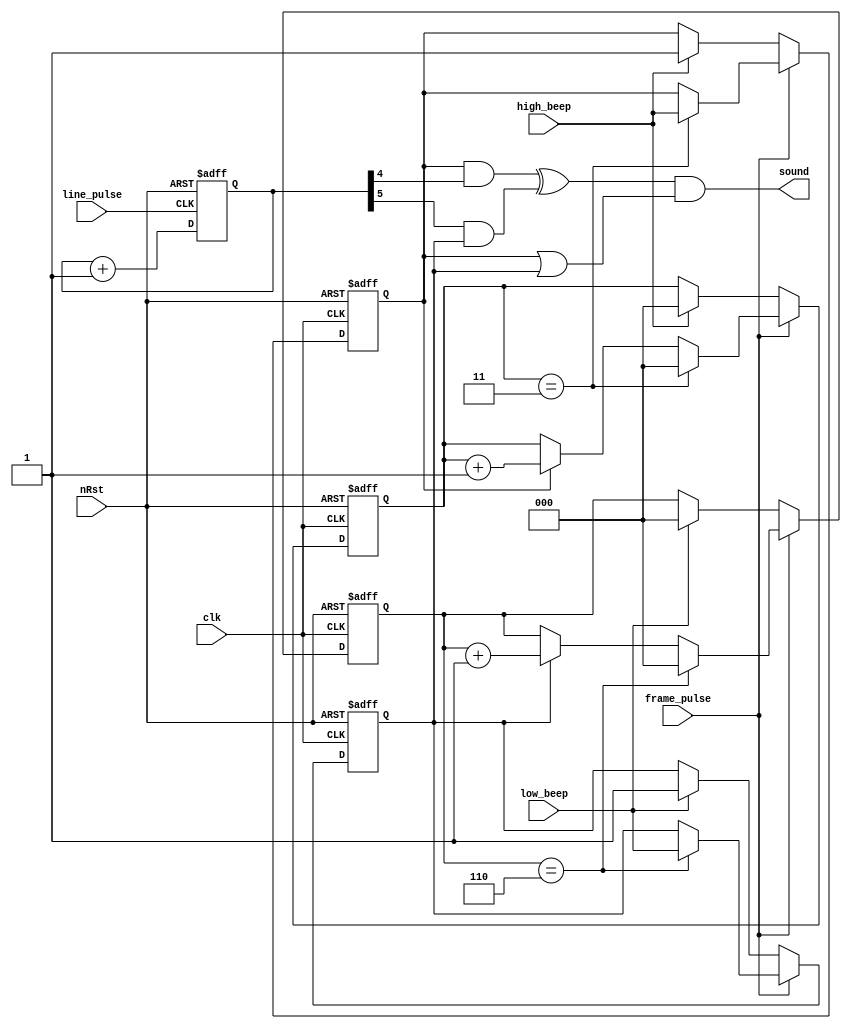


module p18_sound_gen #(
    parameter SOUND_DIVIDER = 5,
    parameter HIGH_LENGTH = 3,
    parameter LOW_LENGTH = 6
) (
    input clk,
    input nRst,
    output sound,
    input line_pulse,
    input frame_pulse,
    input low_beep,
    input high_beep
);


reg [SOUND_DIVIDER:0] sound_counter;
wire high_beep_wave = sound_counter[SOUND_DIVIDER - 1];
wire low_beep_wave = sound_counter[SOUND_DIVIDER];

reg high_en;
reg low_en;
assign sound = ((high_en & high_beep_wave) ^ (low_beep_wave & low_en)) && (high_en || low_en);

always @(posedge line_pulse or negedge nRst)
begin
    if(!nRst) begin
        sound_counter <= 0;
    end else begin
        sound_counter <= sound_counter + 1'b1;
    end
end

reg [2:0] high_counter;
wire high_at_end = high_counter == HIGH_LENGTH;
always @(posedge clk or negedge nRst)
begin
    if(!nRst) begin
        high_counter <= 0;
        high_en <= 0;
    end else begin
        if(frame_pulse) begin
            if(high_at_end) begin
                high_counter <= 0;
                high_en <= high_beep;
            end else if(high_en) begin
                high_counter <= high_counter + 1'b1;
            end
        end else if(high_beep) begin
            high_en <= 1'b1;
            high_counter <= 0;
        end
    end
end

reg [2:0] low_counter;
wire low_at_end = low_counter == LOW_LENGTH;
always @(posedge clk or negedge nRst)
begin
    if(!nRst) begin
        low_counter <= 0;
        low_en <= 0;
    end else begin
        if(frame_pulse) begin
            if(low_at_end) begin
                low_counter <= 0;
                low_en <= low_beep;
            end else if(low_en) begin
                low_counter <= low_counter + 1'b1;
            end
        end else if(low_beep) begin
            low_en <= 1'b1;
            low_counter <= 0;
        end
    end
end

endmodule